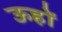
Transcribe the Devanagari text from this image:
ऊहों